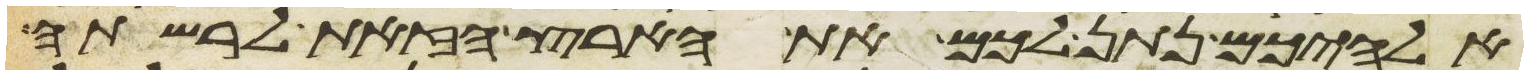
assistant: אלהיכם נתן לכם את הארץ הזאת לרשתה